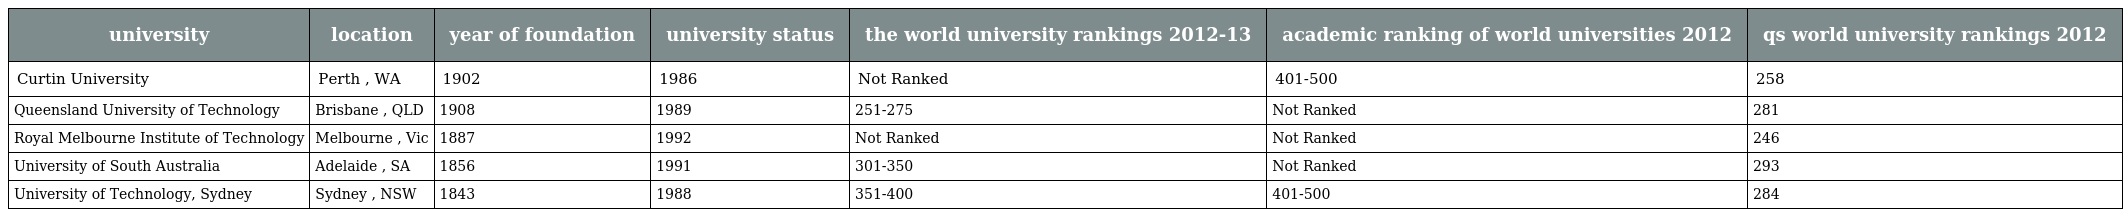
| university | location | year of foundation | university status | the world university rankings 2012-13 | academic ranking of world universities 2012 | qs world university rankings 2012 |
 | --- | --- | --- | --- | --- | --- | --- |
 | Curtin University | Perth , WA | 1902 | 1986 | Not Ranked | 401-500 | 258 |
 | Queensland University of Technology | Brisbane , QLD | 1908 | 1989 | 251-275 | Not Ranked | 281 |
 | Royal Melbourne Institute of Technology | Melbourne , Vic | 1887 | 1992 | Not Ranked | Not Ranked | 246 |
 | University of South Australia | Adelaide , SA | 1856 | 1991 | 301-350 | Not Ranked | 293 |
 | University of Technology, Sydney | Sydney , NSW | 1843 | 1988 | 351-400 | 401-500 | 284 |